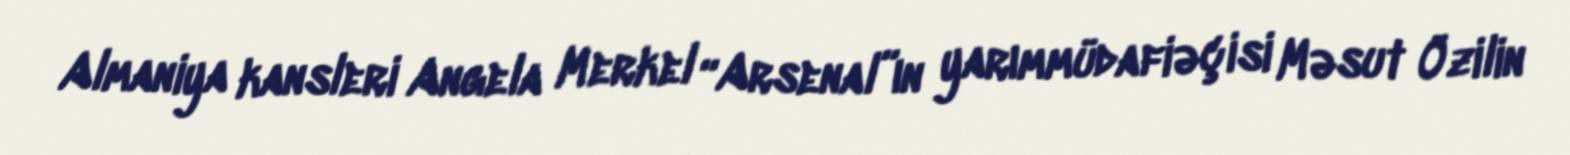
Almaniya kansleri Angela Merkel “Arsenal”ın yarımmüdafiəçisi Məsut Özilin